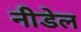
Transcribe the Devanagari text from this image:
नीडेल